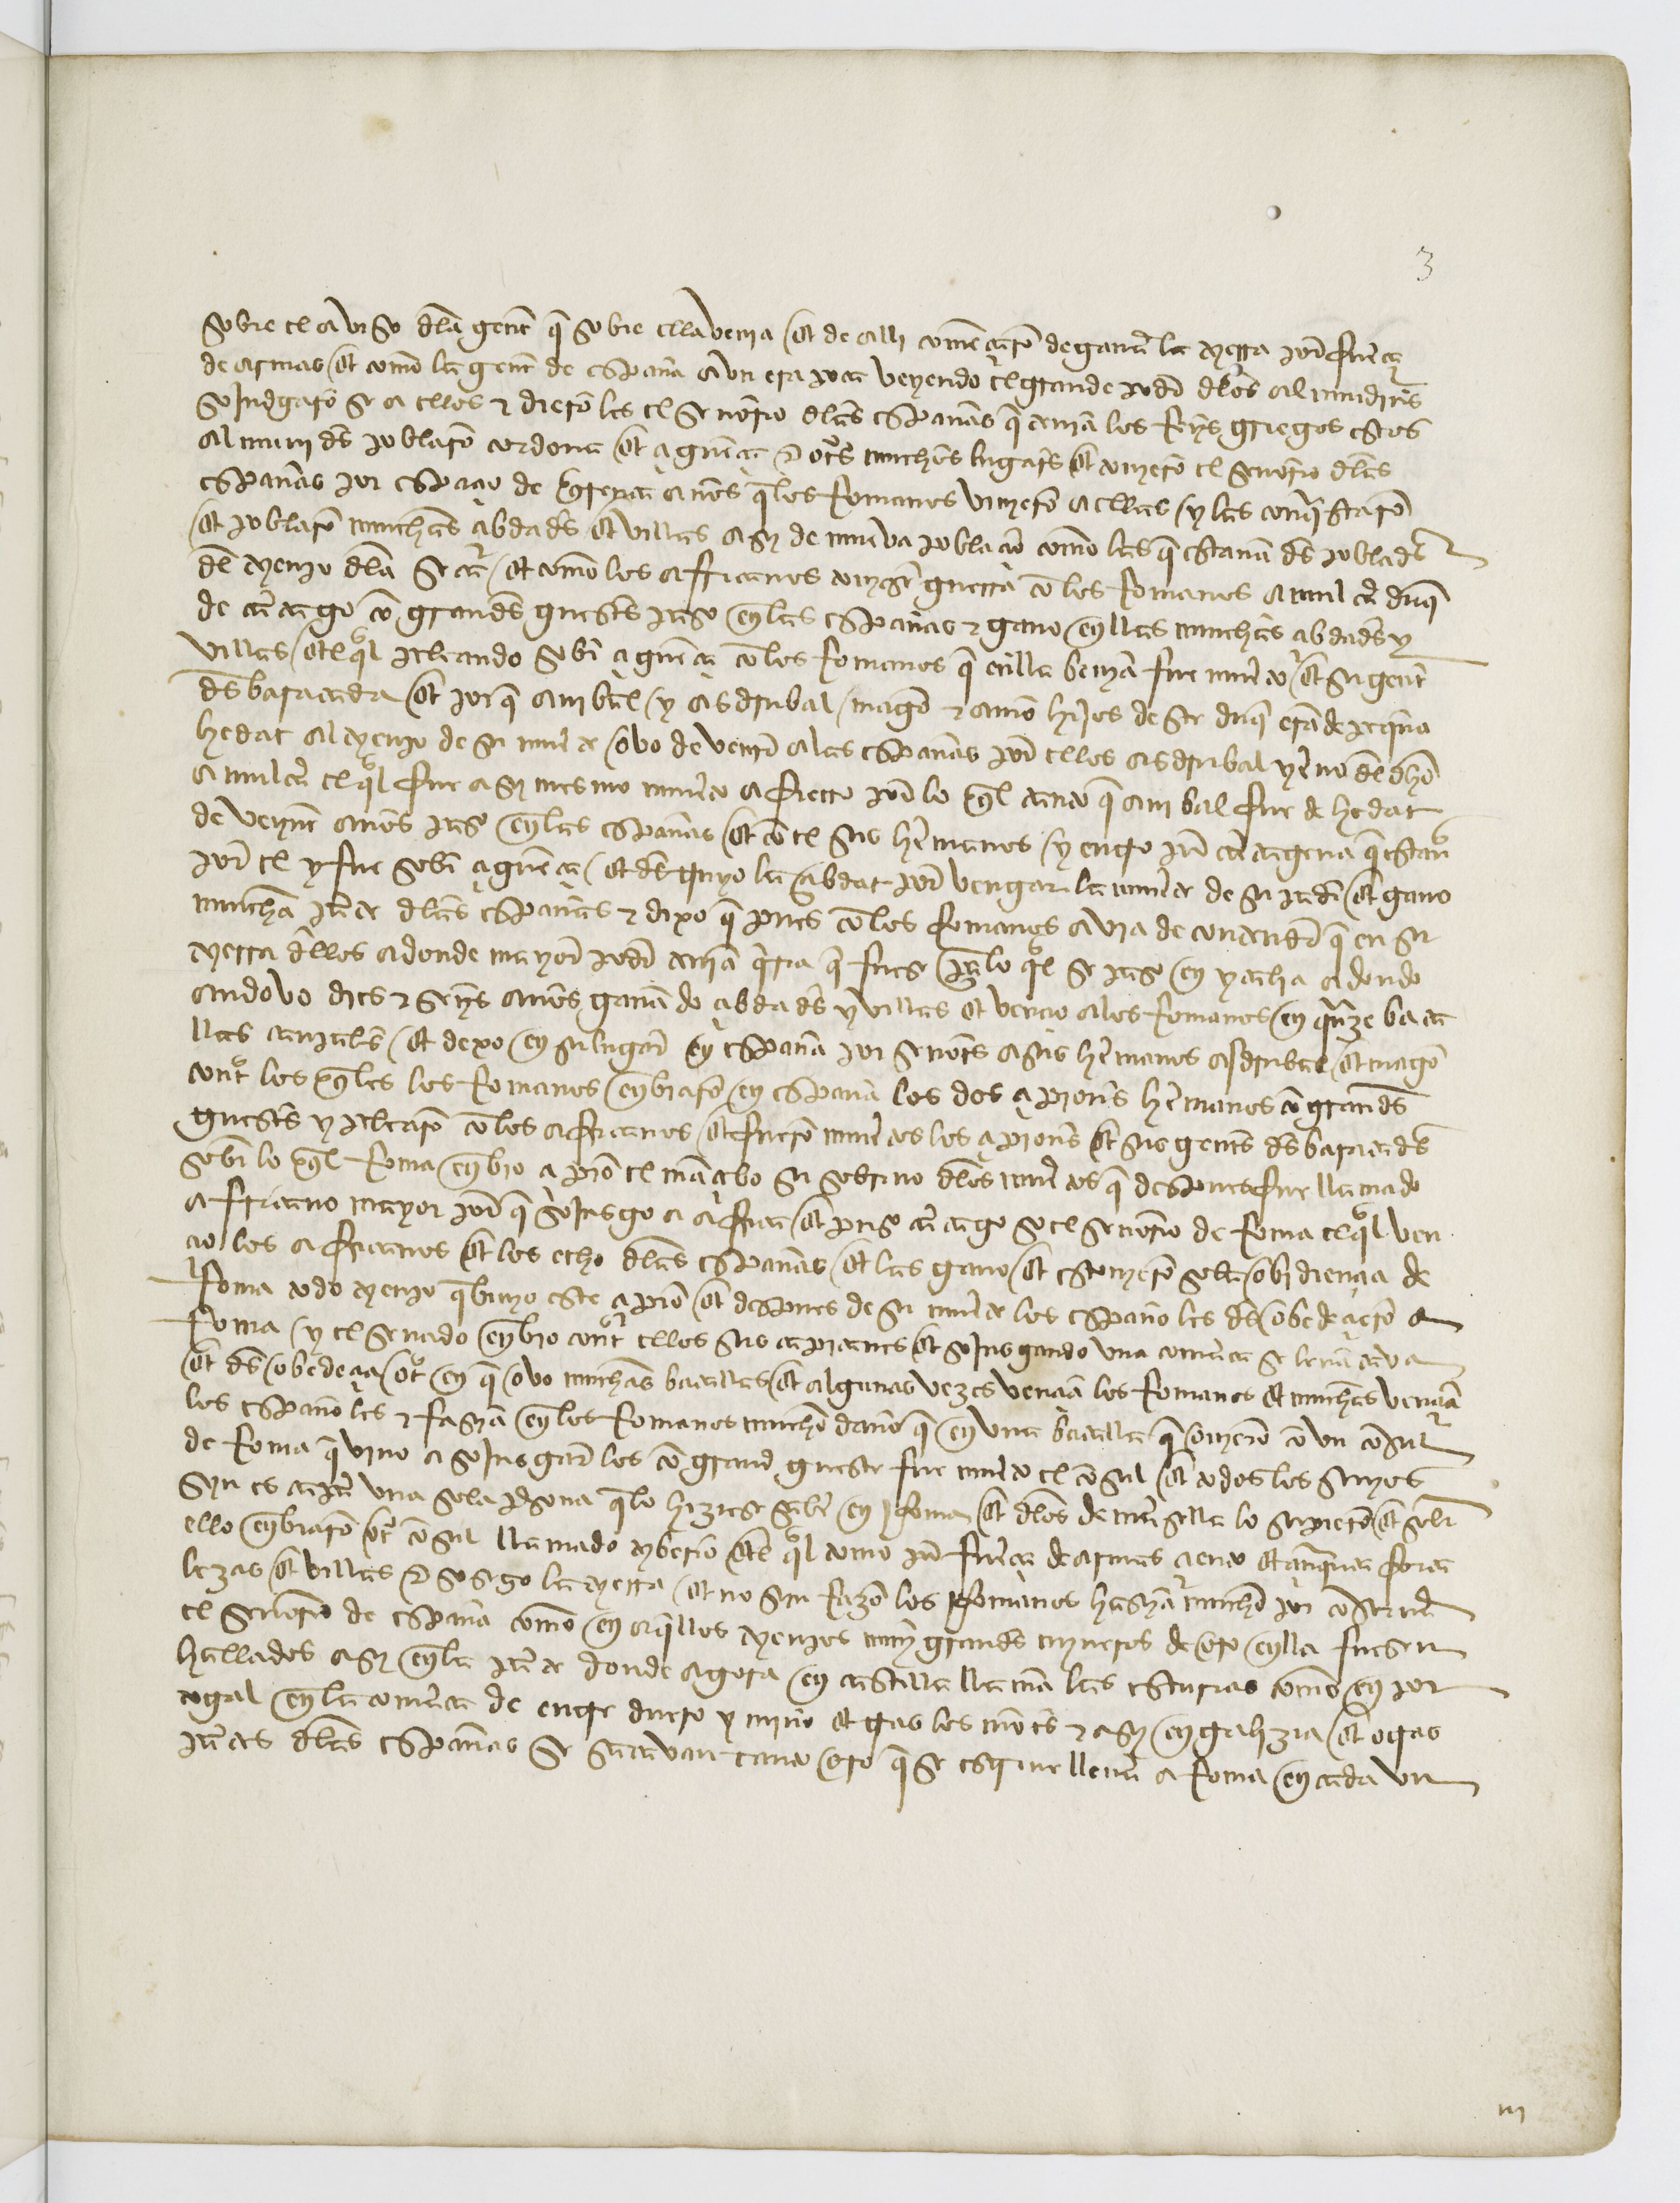
Shelfmark: Paris, BnF, esp. 110
Century: 15